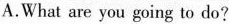
A.What are you going to do?